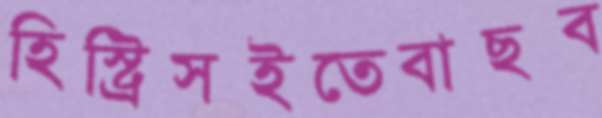
হিস্ট্রিসইতেবাছব